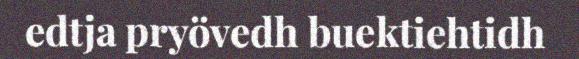
edtja pryövedh buektiehtidh